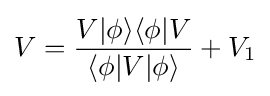
V={\frac {V|\phi \rangle \langle \phi |V}{\langle \phi |V|\phi \rangle }}+V_{1}